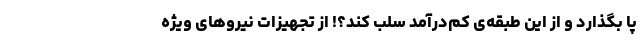
پا بگذارد و از این طبقه‌ی کم‌درآمد سلب کند؟! از تجهیزات نیروهای ویژه